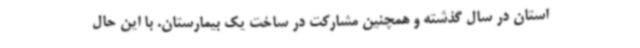
استان در سال گذشته و همچنین مشارکت در ساخت یک بیمارستان. با این حال